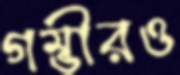
গম্ভীরও